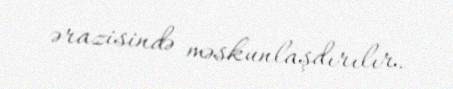
ərazisində məskunlaşdırılır.